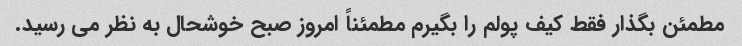
مطمئن بگذار فقط کیف پولم را بگیرم مطمئناً امروز صبح خوشحال به نظر می رسید.